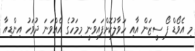
މި އެވޯޑް ފޯ ސީޒަން އާއި ހަވާލުކޮށްފައިވަނީ މިމަހުގެ އެއްވަނަ ދުވަހު އިންޑިއާ